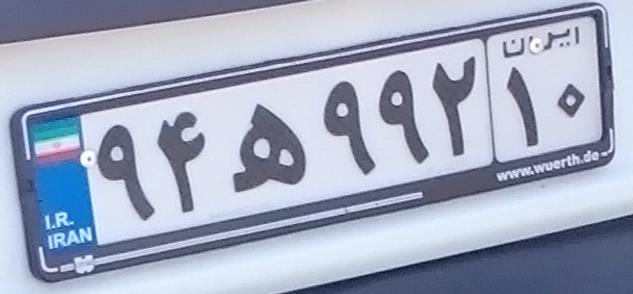
۹۴ه۹۹۲۱۰